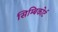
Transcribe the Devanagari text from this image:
सिम्बिकोर्ट